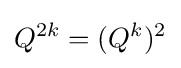
Q^{2k}=(Q^{k})^{2}